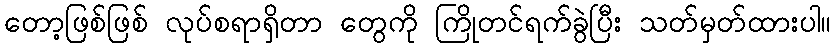
တော့ဖြစ်ဖြစ် လုပ်စရာရှိတာ တွေကို ကြိုတင်ရက်ခွဲပြီး သတ်မှတ်ထားပါ။